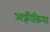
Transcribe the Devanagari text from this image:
अफ़्रीक़िया